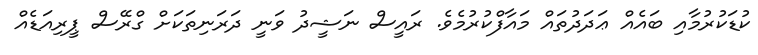
ކުޑަކުރުމާއި ބައެއް ޢަދަދުތައް މައާފްކުރުމެވެ. ރައީސް ނަޝީދު ވަނީ ދަރަނިތަކަށް ގްރޭސް ޕީރިއަޑެއް